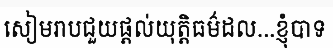
សៀមរាបជួយផ្តល់យុត្តិធម៌ដល...ខ្ញុំបាទ